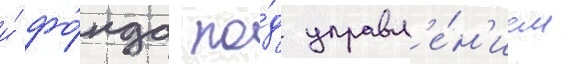
и́ фо́нда по́д управл'е́н'ием